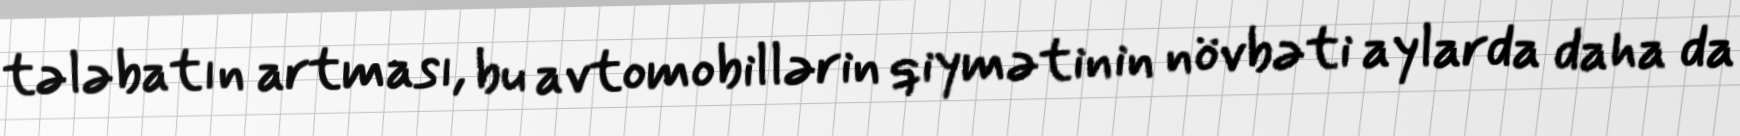
tələbatın artması, bu avtomobillərin qiymətinin növbəti aylarda daha da